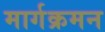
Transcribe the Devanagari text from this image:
मार्गक्रमन